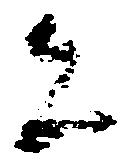
者